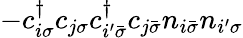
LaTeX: -c_{i\sigma}^{\dagger}c_{j\sigma}c_{i^{\prime}\bar{\sigma}}^{\dagger}c_{j\bar{\sigma}}n_{i\bar{\sigma}}n_{i^{\prime}\sigma}